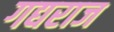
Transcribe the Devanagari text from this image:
गद्यराज